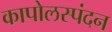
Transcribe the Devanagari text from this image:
कापोलस्पंदन